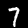
Digit: 7